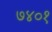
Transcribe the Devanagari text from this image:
७४०१